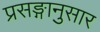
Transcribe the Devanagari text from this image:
प्रसङ्गानुसार